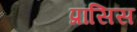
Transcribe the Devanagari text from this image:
प्रांसिस